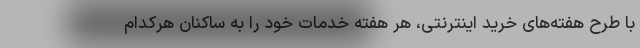
با طرح هفته‌های خرید اینترنتی، هر هفته خدمات خود را به ساکنان هرکدام